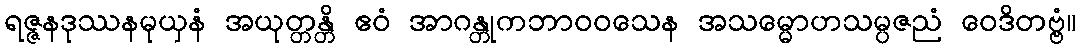
ရဇ္ဇနဒုဿနမုယှနံ အယုတ္တန္တိ ဧဝံ အာဂန္တုကဘာဝဝသေန အသမ္မောဟသမ္ပဇညံ ဝေဒိတဗ္ဗံ။